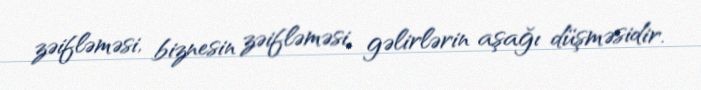
zəifləməsi, biznesin zəifləməsi, gəlirlərin aşağı düşməsidir.